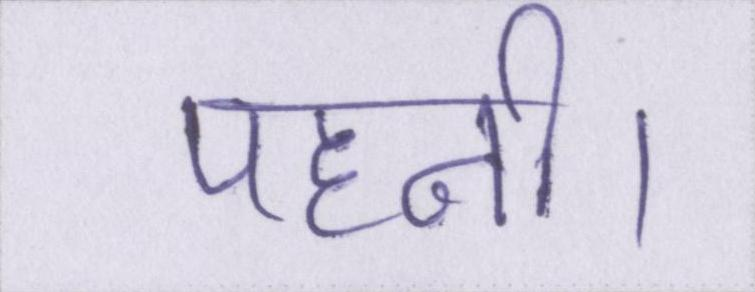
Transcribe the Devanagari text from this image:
पहनी।